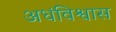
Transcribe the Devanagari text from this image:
अधंविश्वास